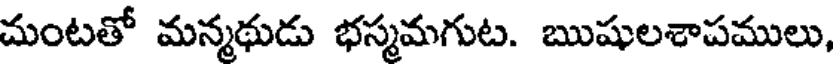
చుంటతో మన్మథుడు భస్మమగుట. ఋషులశాపములు,